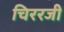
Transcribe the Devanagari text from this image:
चिररजी